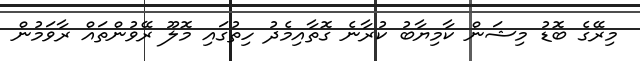
މިރޭގެ ބޮޑު މިޝަން ކާމިޔާބު ކުރާނެ ގޮތާއިމެދު ހިތުގައި މޮލޫ ރޭވުންތައް ރާވަމުން